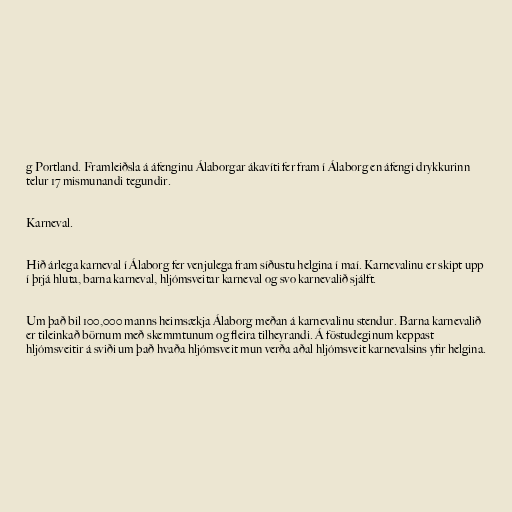
g Portland. Framleiðsla á áfenginu Álaborgar ákavíti fer fram í Álaborg en áfengi drykkurinn
telur 17 mismunandi tegundir.

Karneval.

Hið árlega karneval í Álaborg fer venjulega fram síðustu helgina í maí. Karnevalinu er skipt upp
í þrjá hluta, barna karneval, hljómsveitar karneval og svo karnevalið sjálft.

Um það bil 100,000 manns heimsækja Álaborg meðan á karnevalinu stendur. Barna karnevalið
er tileinkað börnum með skemmtunum og fleira tilheyrandi. Á föstudeginum keppast
hljómsveitir á sviði um það hvaða hljómsveit mun verða aðal hljómsveit karnevalsins yfir helgina.